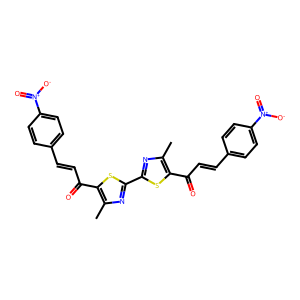
SMILES: Cc1nc(-c2nc(C)c(C(=O)C=Cc3ccc([N+](=O)[O-])cc3)s2)sc1C(=O)C=Cc1ccc([N+](=O)[O-])cc1
Inhibits HIV replication: No